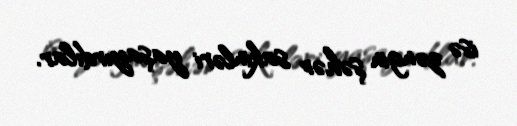
isə zəngin şəhər sakinləri yaşayırdılar.